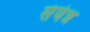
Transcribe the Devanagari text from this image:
संयंन्न